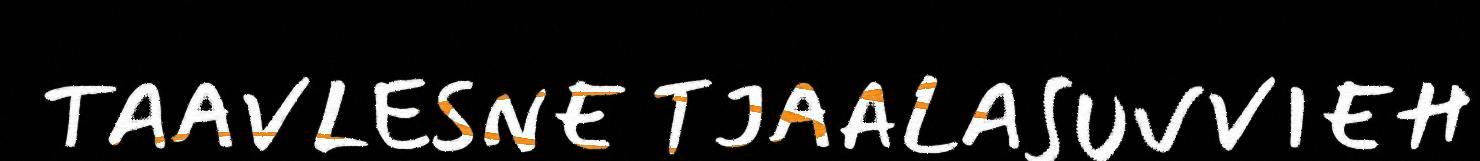
TAAVLESNE TJAALASUVVIEH